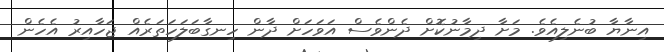
އިނާޔާ ބުނެލިއެވެ. މަށާ ދިމާނުކޮށް ދެންވެސް އަވަހަށް ދާާން ހިނގާބަލަހަތަރެއް ޖަހާއިރު އެހެން